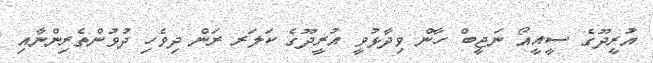
އުރީދޫގެ ސީއީއޯ ނަޖީބް ހާން ވިދާޅުވީ އުރީދޫގެ ކަލަރ ރަން ދިވެހި ދުވުންތެރިންނާއި